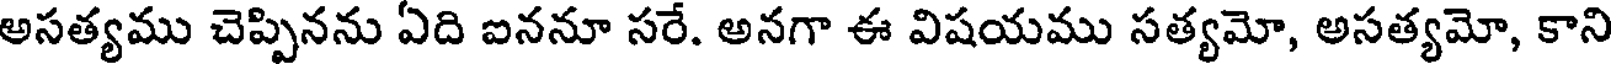
అసత్యము చెప్పినను ఏది ఐననూ సరే. అనగా ఈ విషయము సత్యమో, అసత్యమో, కాని